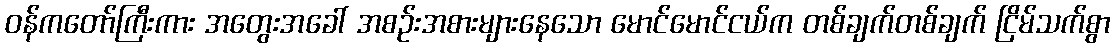
ဝန်ကတော်ကြီးကား အတွေးအခေါ် အစဉ်းအစားများနေသော မောင်မောင်ငယ်က တစ်ချက်တစ်ချက် ငြိမ်သက်စွာ